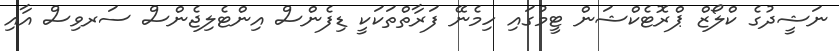
ނަޝީދުގެ ކްލޯޒް ޕްރޮޓެކްޝަން ޓީމުގައި ހިމެނޭ ފަރާތްތަކަކީ ޑިފެންސް އިންޓެލިޖެންސް ސަރވިސް އާއި